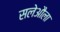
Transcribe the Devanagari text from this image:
सलेऔला